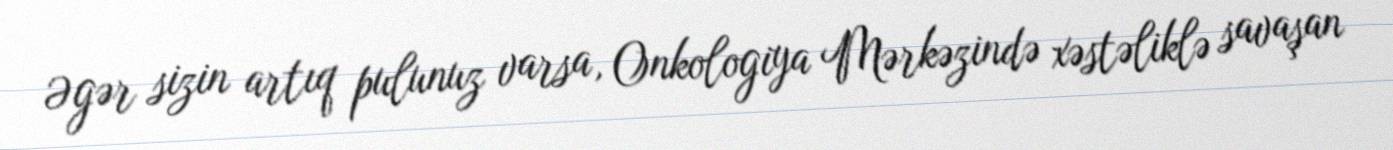
Əgər sizin artıq pulunuz varsa, Onkologiya Mərkəzində xəstəliklə savaşan